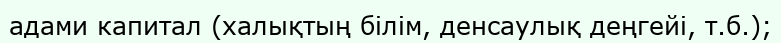
адами капитал (халықтың білім, денсаулық деңгейі, т.б.);